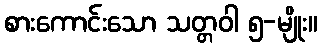
စားကောင်းသော သတ္တဝါ ၅-မျိုး။